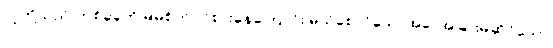
လူတို့သည် တစ်ခုခုကို မိမိစိတ်ဝင်စားနေကြောင်း မသိစေလိုသောအခါ အခြားမဆိုင်သော